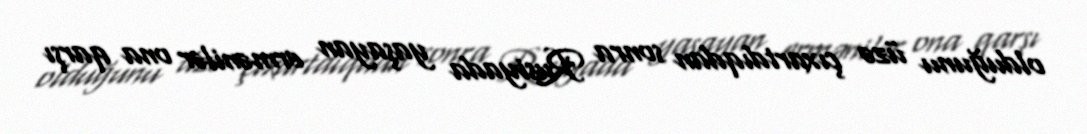
olduğunu üzə çıxartdıqdan sonra Rusiyada yaşayan ermənilər ona qarşı